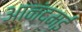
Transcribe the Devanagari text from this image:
आनंदमई